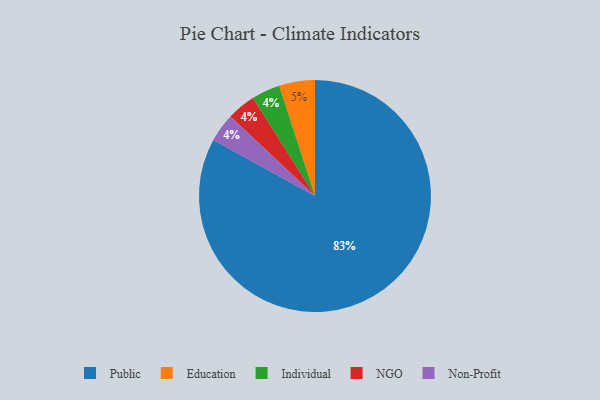
{"axis": {"x": "Category", "y": "Percentage"}, "legend": ["Education", "Individual", "NGO", "Non-Profit", "Public"], "data": [{"x": "Individual", "y": 4, "type": "Individual"}, {"x": "NGO", "y": 4, "type": "NGO"}, {"x": "Public", "y": 83, "type": "Public"}, {"x": "Non-Profit", "y": 4, "type": "Non-Profit"}, {"x": "Education", "y": 5, "type": "Education"}]}